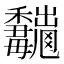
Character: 𱶮